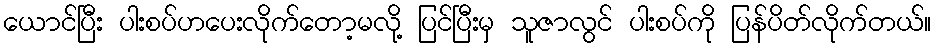
ယောင်ပြီး ပါးစပ်ဟပေးလိုက်တော့မလို့ ပြင်ပြီးမှ သူဇာလွင် ပါးစပ်ကို ပြန်ပိတ်လိုက်တယ်။